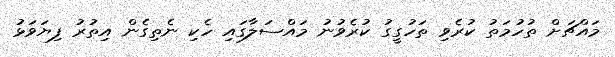
މައްޗަށް ތުހުމަތު ކުރެވި ތަހުގީގު ކުރެވުނު މައްސަލާގައި ހެކި ނެތިގެން އިތުރު ފިޔަވަޅު